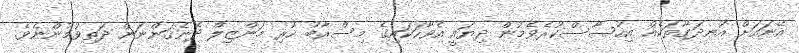
އޭނައަށް އުނދަގޫތަކެއް އިހުސާސްކުރެވެމުން ދިޔައީ އެވާހަކައިގެ މިސްރާބު ހުރި މަންޒިލް ދެނެގަންނަން ދަތިވުމުންނެވެ.